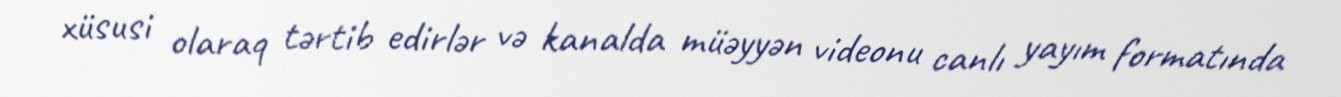
xüsusi olaraq tərtib edirlər və kanalda müəyyən videonu canlı yayım formatında